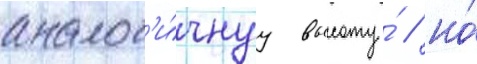
аналог'и́чнуу высоту́ / но́